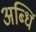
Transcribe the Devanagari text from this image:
अब्धिं